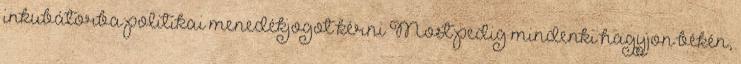
inkubátorba politikai menedékjogot kérni Most pedig mindenki hagyjon békén,